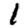
Digit: 1